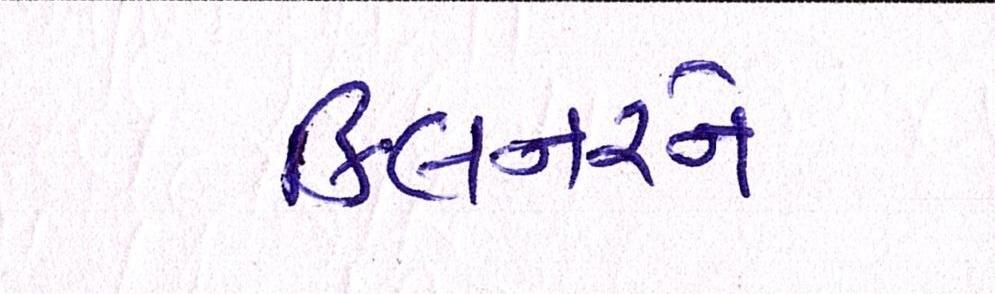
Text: કિલનરને